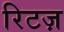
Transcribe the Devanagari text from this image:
रिटज़